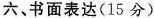
六书面表达(15分)